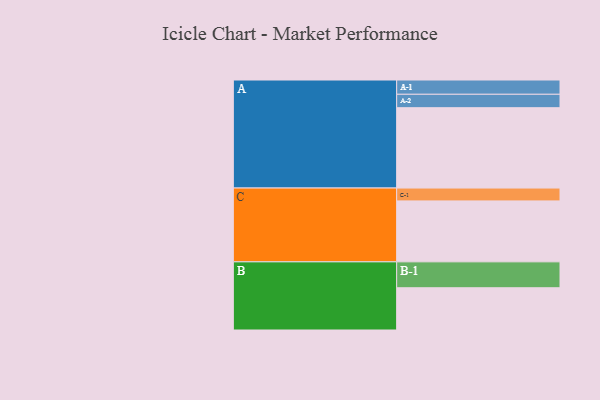
{"axis": {"x": "Segment", "y": "Value"}, "legend": ["", "A", "B", "C"], "data": [{"x": "A", "y": 580, "type": ""}, {"x": "B", "y": 305, "type": ""}, {"x": "C", "y": 440, "type": ""}, {"x": "A-1", "y": 103, "type": "A"}, {"x": "A-2", "y": 97, "type": "A"}, {"x": "B-1", "y": 187, "type": "B"}, {"x": "C-1", "y": 93, "type": "C"}]}